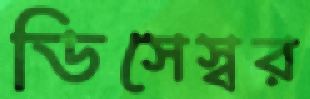
ডিসেস্বর